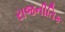
રાજનીતિક